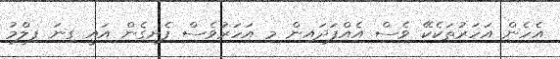
އެހެން އަހަރުތަކެކޭ ވެސް އެއްފަދައިން މި އަހަރުވެސް ފެށިގެން އައީ ގިނަ ފިލްމު